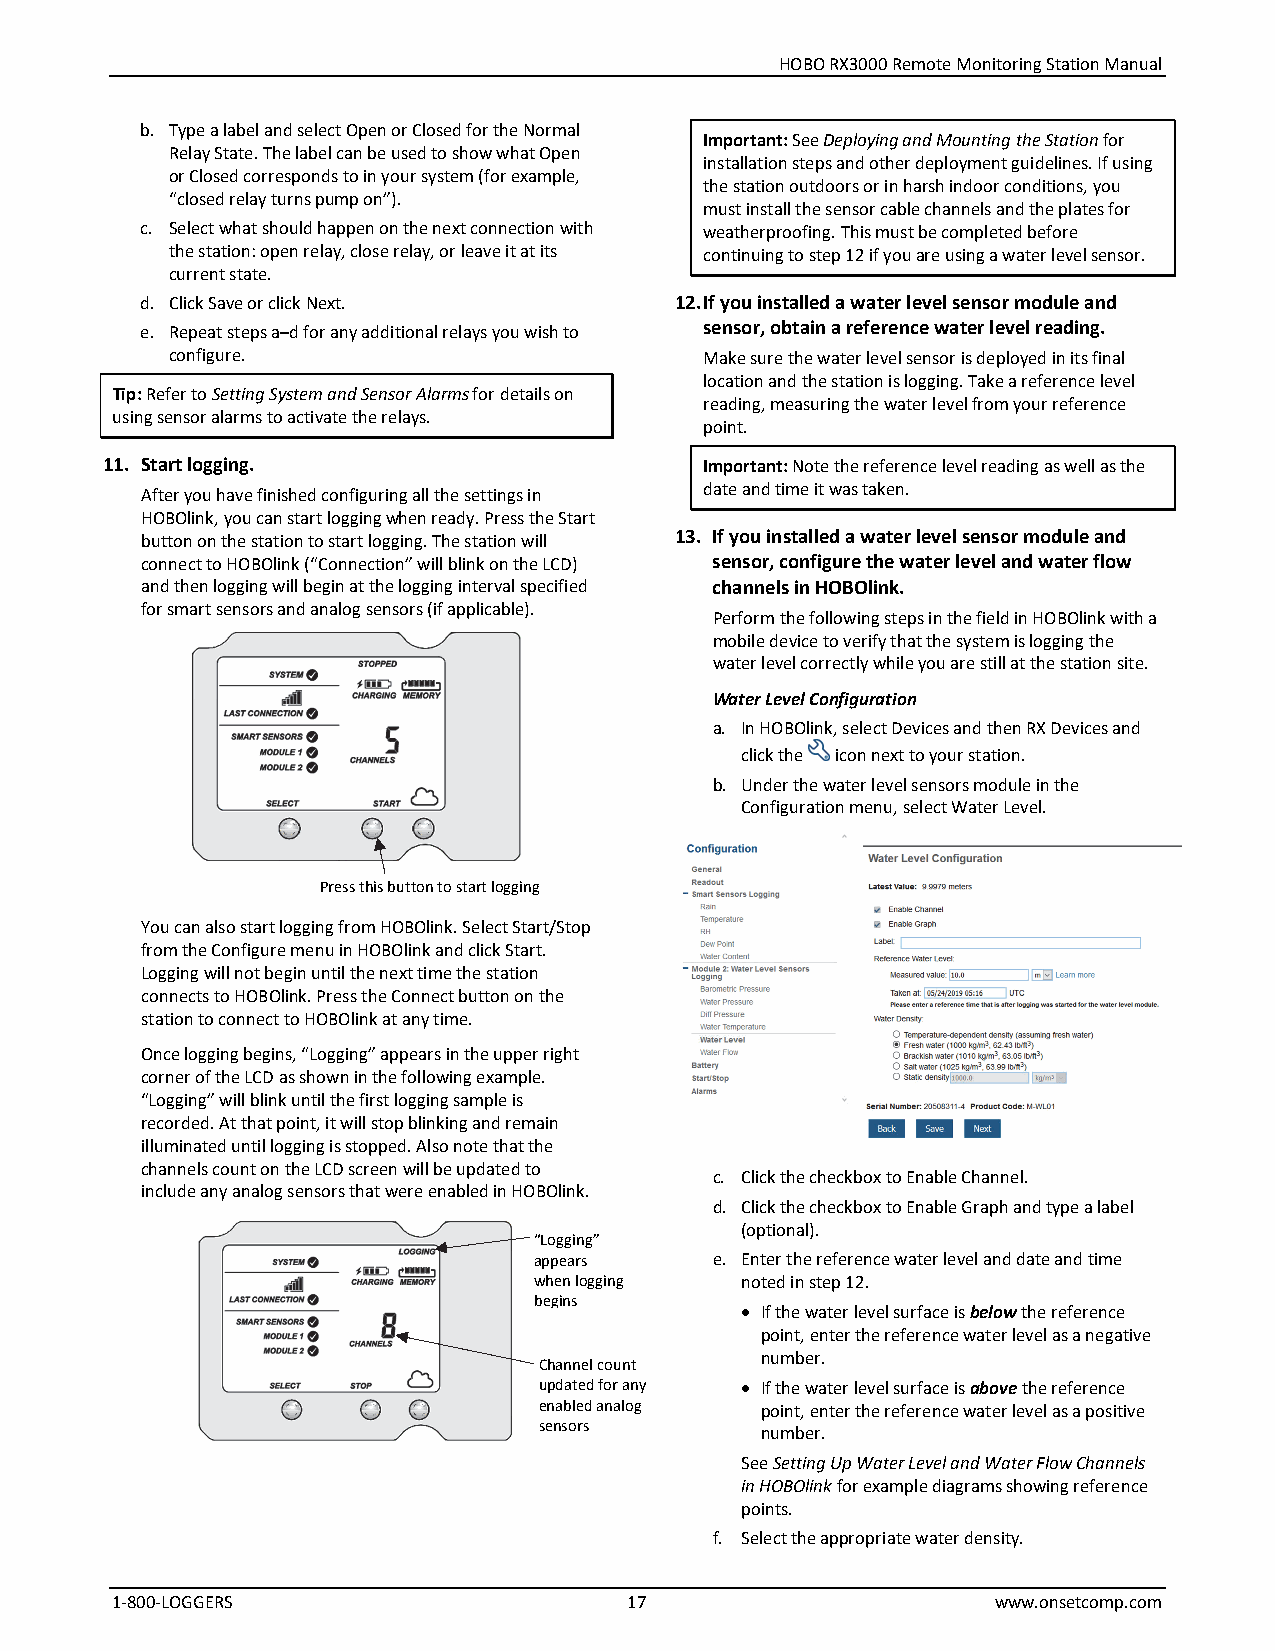
HOBO RX3000 Remote Monitoring Station Manual
 b. Type a label and select Open or Closed for the Normal
 Important: See Deploying and Mounting the Station for
 Relay State. The label can be used to show what Open
 installation steps and other deployment guidelines. If using
 or Closed corresponds to in your system (for example,
 the station outdoors or in harsh indoor conditions, you
 “closed relay turns pump on”).
 must install the sensor cable channels and the plates for
 c. Select what should happen on the next connection with weatherproofing. This must be completed before
 the station: open relay, close relay, or leave it at its continuing to step 12 if you are using a water level sensor.
 current state.
 d. Click Save or click Next.        12. If you installed a water level sensor module and
 e. Repeat steps a–d for any additional relays you wish to sensor, obtain a reference water level reading.
 configure.                          Make sure the water level sensor is deployed in its final
 location and the station is logging. Take a reference level
 Tip: Refer to Setting System and Sensor Alarms for details on
 reading, measuring the water level from your reference
 using sensor alarms to activate the relays.
 point.
 11. Start logging.                      Important: Note the reference level reading as well as the
 After you have finished configuring all the settings in date and time it was taken.
 HOBOlink, you can start logging when ready. Press the Start
 button on the station to start logging. The station will 13. If you installed a water level sensor module and
 connect to HOBOlink (“Connection” will blink on the LCD) sensor, configure the water level and water flow
 and then logging will begin at the logging interval specified channels in HOBOlink.
 for smart sensors and analog sensors (if applicable).
 Perform the following steps in the field in HOBOlink with a
 mobile device to verify that the system is logging the
 water level correctly while you are still at the station site.
 Water Level Configuration
 a. In HOBOlink, select Devices and then RX Devices and
 click the icon next to your station.
 b. Under the water level sensors module in the
 Configuration menu, select Water Level.
 Press this button to start logging
 You can also start logging from HOBOlink. Select Start/Stop
 from the Configure menu in HOBOlink and click Start.
 Logging will not begin until the next time the station
 connects to HOBOlink. Press the Connect button on the
 station to connect to HOBOlink at any time.
 Once logging begins, “Logging” appears in the upper right
 corner of the LCD as shown in the following example.
 “Logging” will blink until the first logging sample is
 recorded. At that point, it will stop blinking and remain
 illuminated until logging is stopped. Also note that the
 channels count on the LCD screen will be updated to
 c. Click the checkbox to Enable Channel.
 include any analog sensors that were enabled in HOBOlink.
 d. Click the checkbox to Enable Graph and type a label
 (optional).
 “Logging”
 appears     e. Enter the reference water level and date and time
 when logging  noted in step 12.
 begins        • If the water level surface is below the reference
 point, enter the reference water level as a negative
 number.
 Channel count
 updated for any • If the water level surface is above the reference
 enabled analog point, enter the reference water level as a positive
 sensors
 number.
 See Setting Up Water Level and Water Flow Channels
 in HOBOlink for example diagrams showing reference
 points.
 f. Select the appropriate water density.
 1-800-LOGGERS                      17                      www.onsetcomp.com